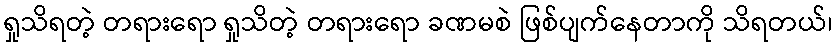
ရှုသိရတဲ့ တရားရော ရှုသိတဲ့ တရားရော ခဏမစဲ ဖြစ်ပျက်နေတာကို သိရတယ်၊